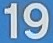
19